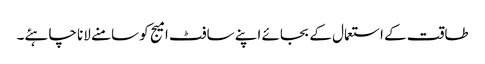
طاقت کے استعمال کے بجائے اپنے سافٹ امیج کو سامنے لانا چاہئے۔